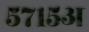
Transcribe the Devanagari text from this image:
५७१५अ